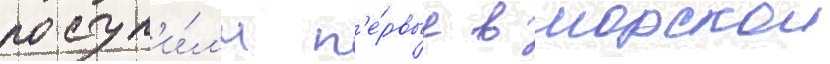
поступ'и́л'и п'е́рвые в морскои